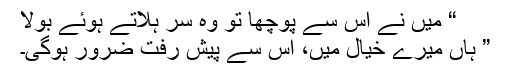
“ میں نے اس سے پوچھا تو وہ سر ہلاتے ہوئے بولا
” ہاں میرے خیال میں، اس سے پیش رفت ضرور ہوگی۔